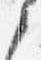
之